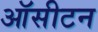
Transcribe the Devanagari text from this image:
ऑसीटन